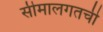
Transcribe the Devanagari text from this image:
सीमालगतची